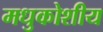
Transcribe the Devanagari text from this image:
मधुकोशीय